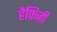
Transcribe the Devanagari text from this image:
हैफ़िज़ी